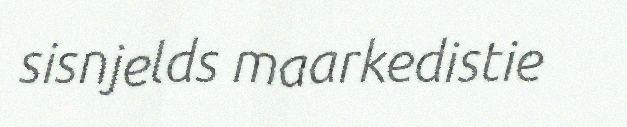
sisnjelds maarkedistie